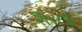
શરતો